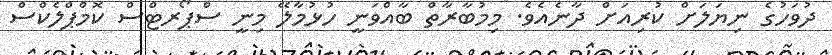
ދުވަހުގެ ނިޔަލަށް ކުރިއަށް ދާނެއެވެ. މިމުބާރާތް ބާއްވަނީ ހުޅުމާލޭ މިނީ ސްޕޯރޓްސް ކޮމްޕްލެކްސް